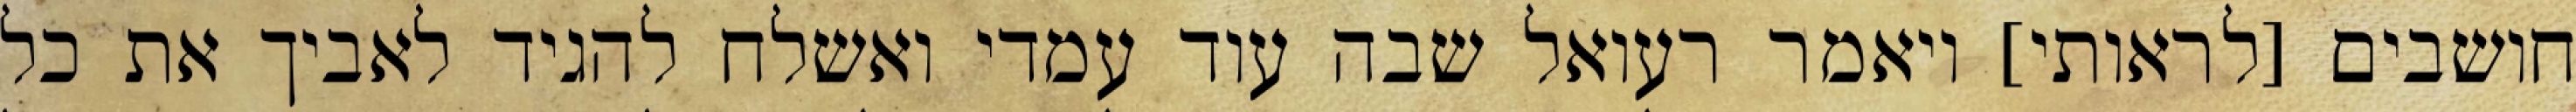
חושבים [לראותי] ויאמר רעואל שבה עוד עמדי ואשלח להגיד לאביך את כל